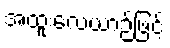
အထူးလေယာဉ်ဖြင့်